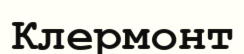
Клермонт